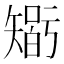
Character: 𥏼